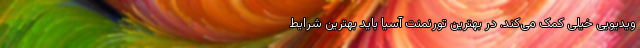
ویدیویی خیلی کمک می‌کند. در بهترین تورنمنت آسیا باید بهترین شرایط